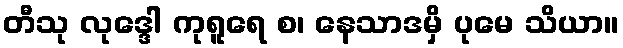
တီသု လုဒ္ဒေါ ကုရူရေ စ၊ နေသာဒမှိ ပုမေ သိယာ။